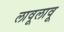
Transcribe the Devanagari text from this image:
लावूलावू